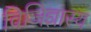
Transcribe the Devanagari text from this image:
विजिज्ञास्य